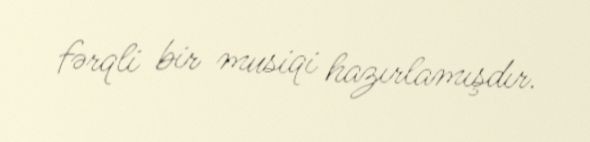
fərqli bir musiqi hazırlamışdır.